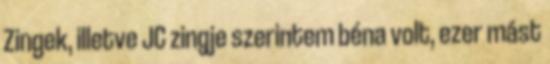
Zingek, illetve JC zingje szerintem béna volt, ezer mást